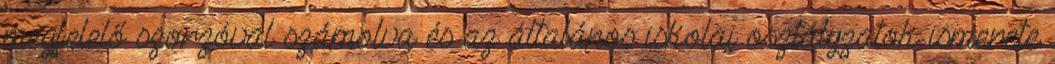
megfelelő szorzóval számolva és az általános iskolai osztályzatok ismerete